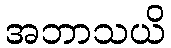
အဘာသယိ